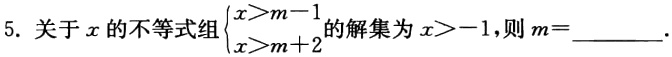
5. 关于\(x\)的不等式组\(\begin{cases}x>m - 1\\x>m + 2\end{cases}\)的解集为\(x>-1\)，则\(m = \_\_\_\_\_\)。